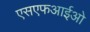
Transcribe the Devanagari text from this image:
एसएफआईओ